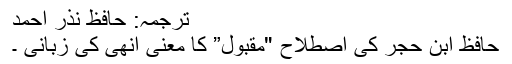
ترجمہ: حافظ نذر احمد
حافظ ابن حجر کی اصطلاح "مقبول” کا معنٰی انھی کی زبانی ۔